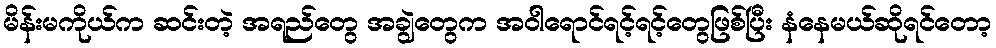
မိန်းမကိုယ်က ဆင်းတဲ့ အရည်တွေ အချွဲတွေက အဝါရောင်ရင့်ရင့်တွေဖြစ်ပြီး နံနေမယ်ဆိုရင်တော့